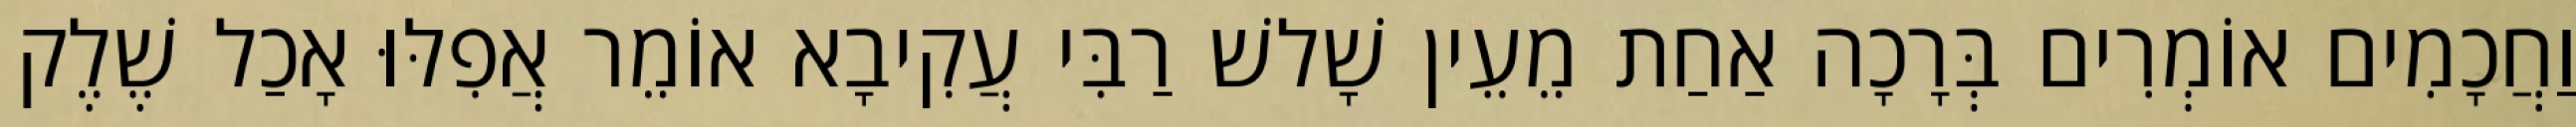
וַחֲכָמִים אוֹמְרִים בְּרָכָה אַחַת מֵעֵין שָׁלשׁ רַבִּי עֲקִיבָא אוֹמֵר אֲפִלּוּ אָכַל שֶׁלֶק